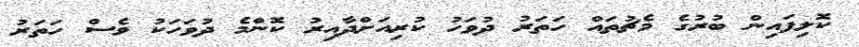
ކޮލިފައިން ބުރުގެ މެޗުތައް ހަތަރު ދުވަހު ކުރިއަށްދާއިރު ކޮންމެ ދުވަހަކު ވެސް ހަތަރު